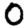
Digit: 0